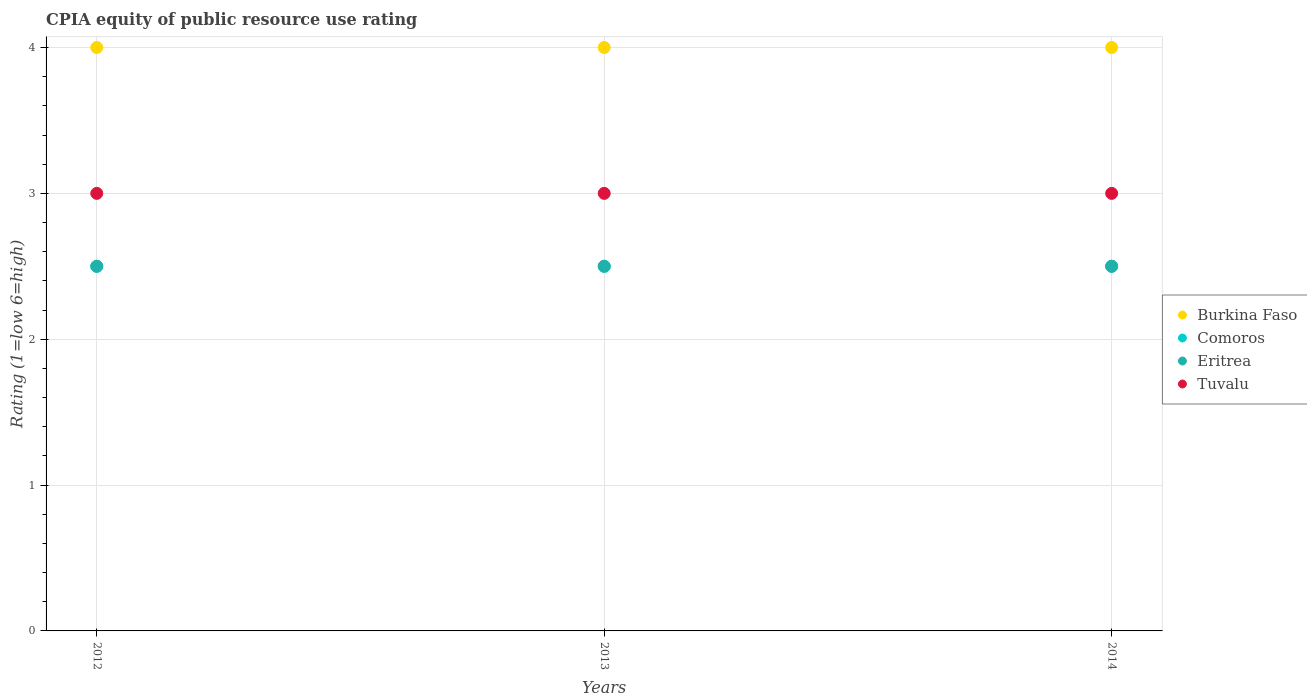
| Years | Burkina Faso | Comoros | Eritrea | Tuvalu |
 | --- | --- | --- | --- | --- |
 | 2012 | 4 | 2.5 | 2.5 | 3 |
 | 2013 | 4 | 2.5 | 2.5 | 3 |
 | 2014 | 4 | 2.5 | 2.5 | 3 |